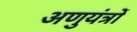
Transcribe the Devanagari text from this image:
अणुयंत्रों